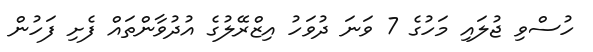
ހުސްވި ޖުލައި މަހުގެ 7 ވަނަ ދުވަހު އިޒްރޭލުގެ އުުދުވާންތައް ފެށި ފަހުން